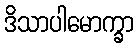
ဒိသာပါမောက္ခာ